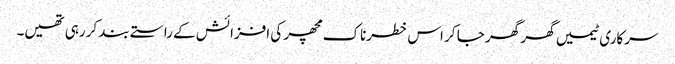
سرکاری ٹیمیں گھر گھر جا کر اس خطرناک مچھر کی افزائش کے راستے بند کررہی تھیں۔